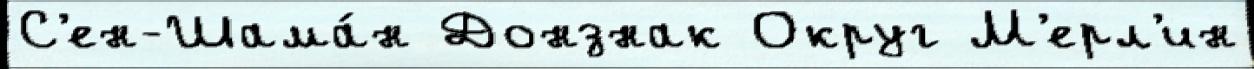
С'ен-Шама́н Донзнак Округ М'ерл'ин